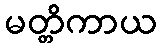
မတ္တိကာယ